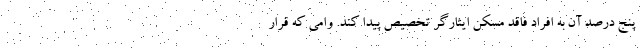
پنج درصد آن به افراد فاقد مسکن ایثارگر تخصیص پیدا کند. وامی که قرار